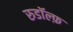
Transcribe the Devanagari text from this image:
रुडॉल्फ़